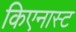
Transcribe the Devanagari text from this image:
किएनास्ट